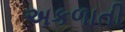
અકળાતી